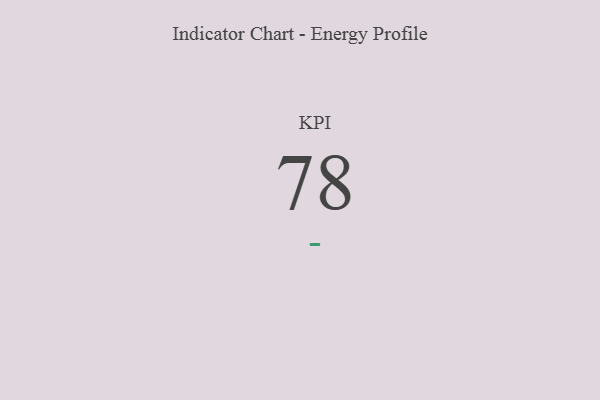
{"axis": {"x": "KPI", "y": "Value"}, "legend": [""], "data": [{"x": "KPI", "y": 78, "type": ""}]}